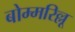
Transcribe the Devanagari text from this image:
बोम्मरिल्लू